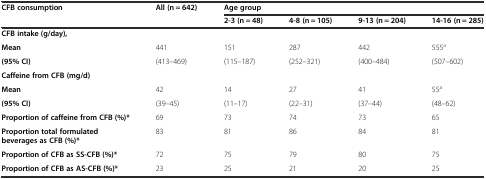
<table><thead><tr><td rowspan="2"><b>CFB consumption</b></td><td rowspan="2"><b>All (n = 642)</b></td><td colspan="4"><b>Age group</b></td></tr><tr><td><b>2-3 (n = 48)</b></td><td><b>4-8 (n = 105)</b></td><td><b>9-13 (n = 204)</b></td><td><b>14-16 (n = 285)</b></td></tr></thead><tbody><tr><td><b>CFB intake (g/day),</b></td><td></td><td></td><td></td><td></td><td></td></tr><tr><td><b>Mean</b></td><td>441</td><td>151</td><td>287</td><td>442</td><td>555<sup>a</sup></td></tr><tr><td><b>(95% CI)</b></td><td>(413–469)</td><td>(115–187)</td><td>(252–321)</td><td>(400–484)</td><td>(507–602)</td></tr><tr><td><b>Caffeine from CFB (mg/d)</b></td><td></td><td></td><td></td><td></td><td></td></tr><tr><td><b>Mean</b></td><td>42</td><td>14</td><td>27</td><td>41</td><td>55<sup>a</sup></td></tr><tr><td><b>(95% CI)</b></td><td>(39–45)</td><td>(11–17)</td><td>(22–31)</td><td>(37–44)</td><td>(48–62)</td></tr><tr><td><b>Proportion of caffeine from CFB (%)*</b></td><td>69</td><td>73</td><td>74</td><td>73</td><td>65</td></tr><tr><td><b>Proportion total formulated beverages as CFB (%)*</b></td><td>83</td><td>81</td><td>86</td><td>84</td><td>81</td></tr><tr><td><b>Proportion of CFB as SS-CFB (%)*</b></td><td>72</td><td>75</td><td>79</td><td>80</td><td>75</td></tr><tr><td><b>Proportion of CFB as AS-CFB (%)*</b></td><td>23</td><td>25</td><td>21</td><td>20</td><td>25</td></tr></tbody></table>